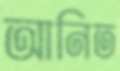
আনিত